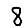
Digit: 8